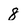
Character: 8